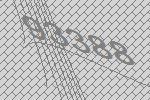
93388